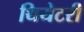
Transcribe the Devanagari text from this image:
थियेटरी